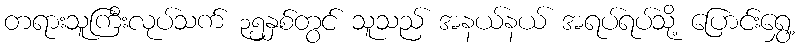
တရားသူကြီးလုပ်သက် ၃၅နှစ်တွင် သူသည် အနယ်နယ် အရပ်ရပ်သို့ ပြောင်းရွှေ့